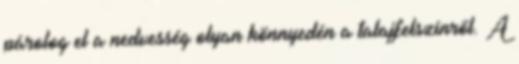
párolog el a nedvesség olyan könnyedén a talajfelszínről. A